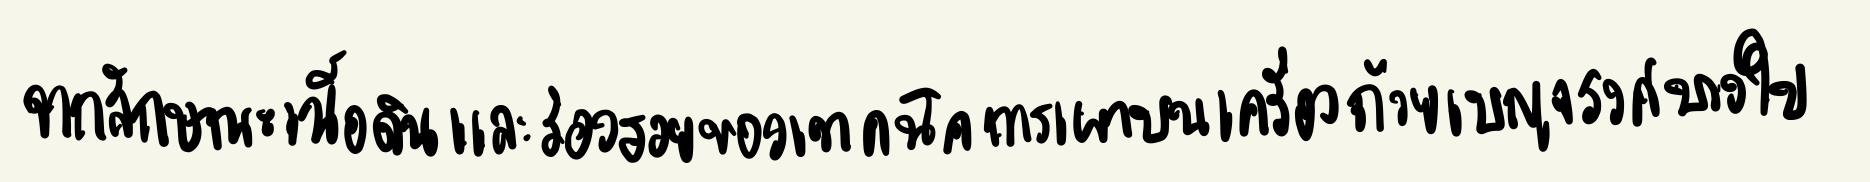
จากลักษณะเนื้อดินและร่องรอยของเทคนิคการเผาบนเครื่องถ้วยเบญจรงค์บางใบ